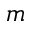
m